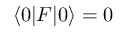
\langle 0 | F | 0 \rangle = 0